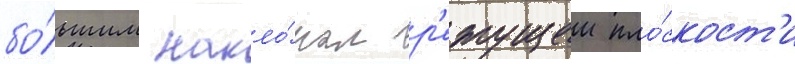
бо́льшим накло́ном р'ежущеи пло́скост'и